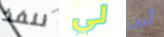
ننفذ لي أين